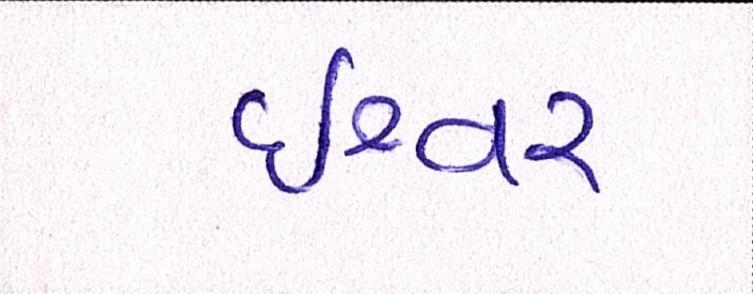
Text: ઈશ્વર